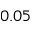
0 . 0 5